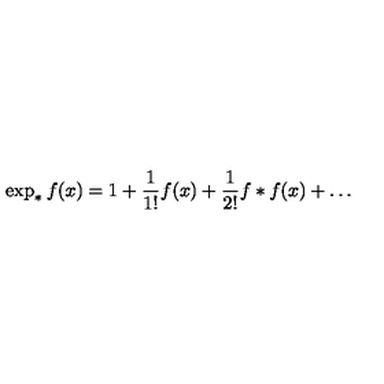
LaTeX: \exp _ { * } f ( x ) = 1 + \frac { 1 } { 1 ! } f ( x ) + \frac { 1 } { 2 ! } f * f ( x ) + \dots